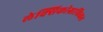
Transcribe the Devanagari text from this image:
लेक्सिकोग्राफिकल